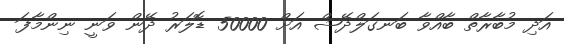
އަދި މުބާރާތް ބާއްވާ ބަނގަލްދޭޝް އަށް 50000 ޑޮލަރު ދޭން ވަނީ ނިންމާފަ